Civil Veterinary Dept. North-West Frontier Province 1901-22 - 1901-1922
Year: 1901
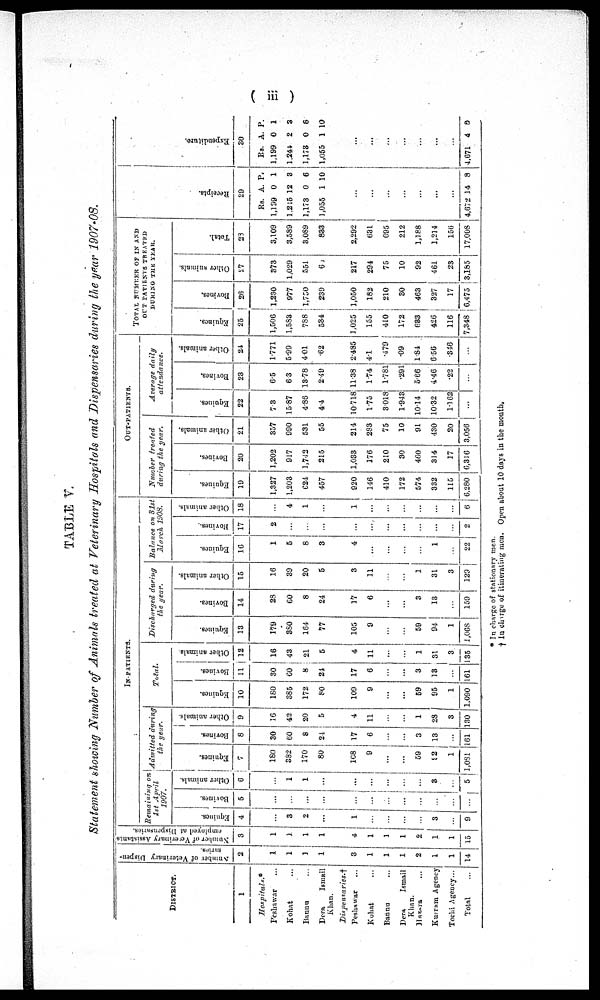
(iii)
TABLE V.
Statement showing Number of Animals treated at Veterinary Hospitals and Dispensaries during the year 1907-08.
DISTRICT.
1
Hospitals.*
Peshawar ...
Kohat ...
Bannu ...
Dera
Ismail
Khan.
Dispensaries.†
Peshawar ...
Kohat ...
Bannu ...
Dern
Ismail
Khan.
Hazara ...
Kurram Agency ...
Tochi Agency...
Total ...
Number of Veterinary Dispen-
saries.
2
1
1
1
1
3
1
1
1
2
1
1
14
Number of Vererinary Assistants
employed at Dispensaries.
3
1
1
1
1
4
1
1
1
2
1
1
15
IN-PATIENTS
Remaining
on
1st
April
1907.
Equines.
4
...
3
2
...
1
...
...
...
...
3
...
9
Bovines.
5
...
...
...
...
...
...
...
...
...
...
...
Other animals.
6
...
1
1
...
...
...
...
...
...
3
...
5
Admitted
during
the year.
Equities.
7
180
382
170
80
108
9
...
...
59
92
1
1,031
Bovines.
8
30
60
8
24
17
6
...
...
3
13
...
161
Other animals.
9
16
42
30
5
4
11
...
...
1
28
3
130
Total.
Equines.
10
180
385
172
80
109
9
...
...
59
95
1
1,090
Bovines.
11
30
60
8
24
17
6
...
...
3
13
...
161
Other animals.
12
18
43
21
5
4
11
...
...
1
31
3
135
Discharged
during
the gear.
Equines.
13
179
380
164
77
105
9
...
...
59
94
1
1,068
Bovines.
14
28
60
8
24
17
6
...
...
3
13
...
159
Other animals.
15
16
39
20
5
3
11
...
...
1
31
3
129
Balance on 31st
March
1908.
Equines.
16
1
5
8
3
4
...
...
...
...
1
...
22
Bovines.
17
2
...
...
...
...
...
...
...
...
...
2
Other animals.
18
...
4
1
...
1
...
...
...
...
...
...
6
OUT-PATIENTS.
Number
treated
during the year.
Equines.
19
1,327
1,203
624
457
920
146
410
172
574
332
115
6,280
Bovines.
20
1,202
917
1,743
215
1,033
176
210
30
460
314
17
6,316
Other animals.
21
357
990
531
55
214
283
75
10
91
430
20
3,056
Average
daily
attendance.
Equines.
22
7.3
15.87
4.86
4.4
10.718
1.75
3018
1.943
10.14
10.32
1.162
...
Bovines.
23
6.5
6.3
13.78
2.49
11.38
1.74
1.781
.291
5.66
4.46
.22
...
Other animals.
24
1.771
5.99
4.01
.62
2.485
4.1
.479
.09
1.84
6.56
.346
...
TOTAL NUMBER OF IN AND
OUT PATIENTS TREATED
DURING THE YEAR.
Equines..
25
1,506
1,583
788
534
1,025
155
410
172
633
426
116
7,348
Bovines.
26
1,230
977
1,750
239
1,050
182
210
30
463
327
17
6,475
Other animals.
27
373
1,029
551
61
217
294
75
10
92
461
23
3,185
Total.
23
3,109
3,589
3,089
833
2,292
631
695
212
1,188
1,214
156
17,008
Recei pt s .
29
Rs.
1,199
1,245
1,173
1,055
...
...
...
...
..
..
...
4,672
A.
0
12
0
1
14
P.
1
3
6
10
8
Expenditure.
30
Rs.
1,199
1,241
1,173
1,055
...
...
...
...
...
...
...
4,671
A.
0
2
0
1
4
P.
1
3
8
10
8
* In charge of stationary men.
† In charge of itinerating men. Open about 10 days in the month.